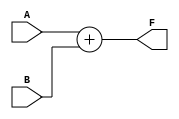
`timescale 1ns / 1ps


module Adder(A, B, F);

    parameter size = 32;

    input [size-1:0] A, B;
    output [size-1:0] F;

    reg [size-1:0] F;

    always @(*) begin
        F <= A + B;
    end

endmodule